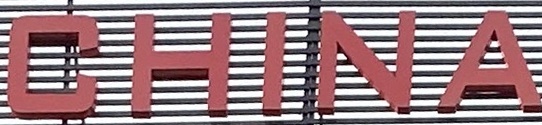
CHINA